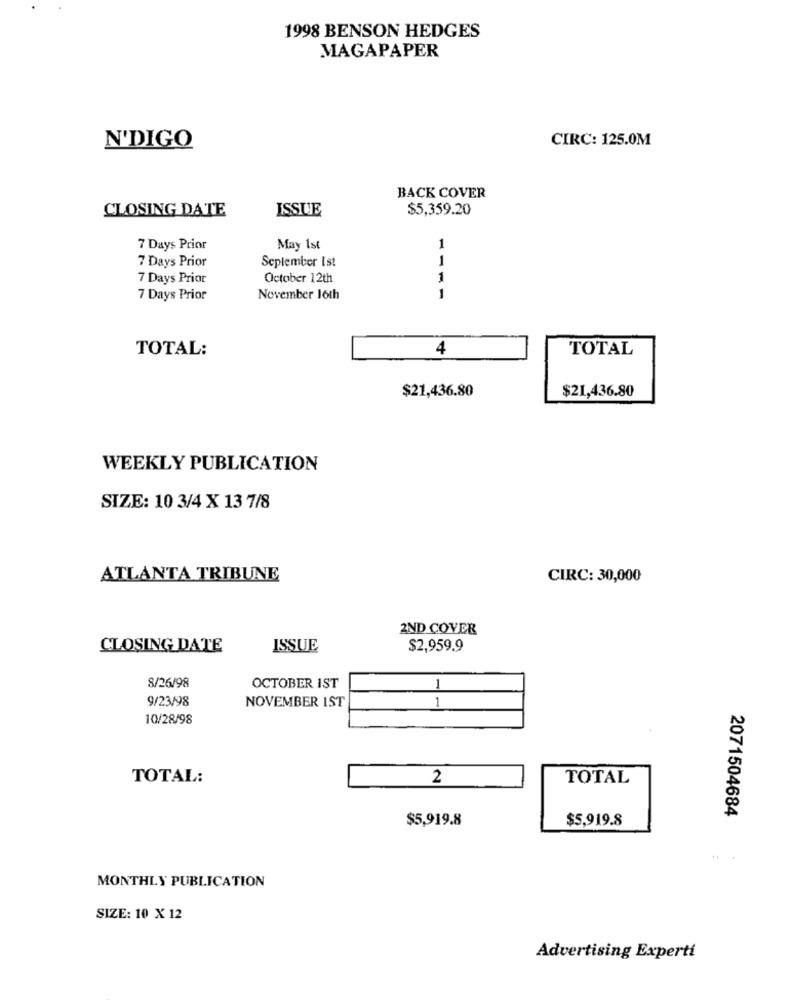
1998 BENSON HEDGES
MAGAPAPER
CIRC: 125.0M
N'DIGO
BACK COVER
CLOSING DATE
ISSUE
$5,359.20
7 Days Prior
May 1st
1
1
7 Days Prior
September Ist
7 Days Prior
October 12th
1
7 Days Prior
November 16th
1
TOTAL:
4
TOTAL
$21,436.80
$21,436.80
WEEKLY PUBLICATION
SIZE: 10 3/4 X 13 7/8
ATLANTA TRIBUNE
CIRC: 30,000
2ND COVER
CLOSING DATE
ISSUE
$2,959.9
8/26/98
OCTOBER IST
1
9/23/98
NOVEMBER 1ST
1
10/28/98
TOTAL:
2
TOTAL
2071504684
$5,919.8
$5,919.8
MONTHLY PUBLICATION
SIZE: 10 X 12
Advertising Experti